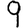
Digit: 9